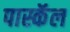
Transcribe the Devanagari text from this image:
पास्कॅल